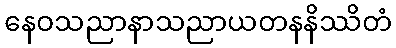
နေဝသညာနာသညာယတနနိဿိတံ